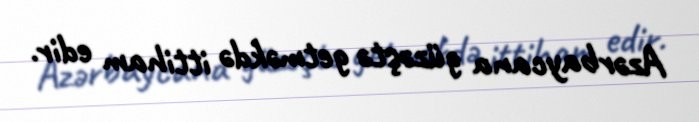
Azərbaycana güzəştə getməkdə ittiham edir.